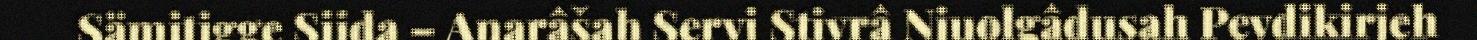
Sämitigge Siida – Anarâšah Servi Stivrâ Njuolgâdusah Pevdikirjeh